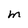
Character: m